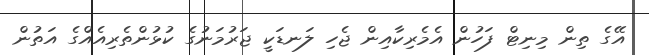
އޭގެ ތިން މިނިޓް ފަހުން އެމެރިކާއިން ޖެހި ލަނޑަކީ ޖަރުމަނުގެ ކުޅުންތެރިއެއްގެ އަތުން